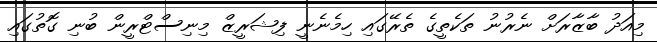
މިއަދު ބާޒާރަށް ނެރުނު ތަކެތީގެ ތެރޭގައި ހިމެނެނީ ފިޝަރީޒް މިނިސްޓްރީން ބުނި ގޮތުގައި